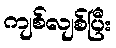
ကျစ်လျစ်ပြီး